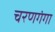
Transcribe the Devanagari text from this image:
चरणगंगा